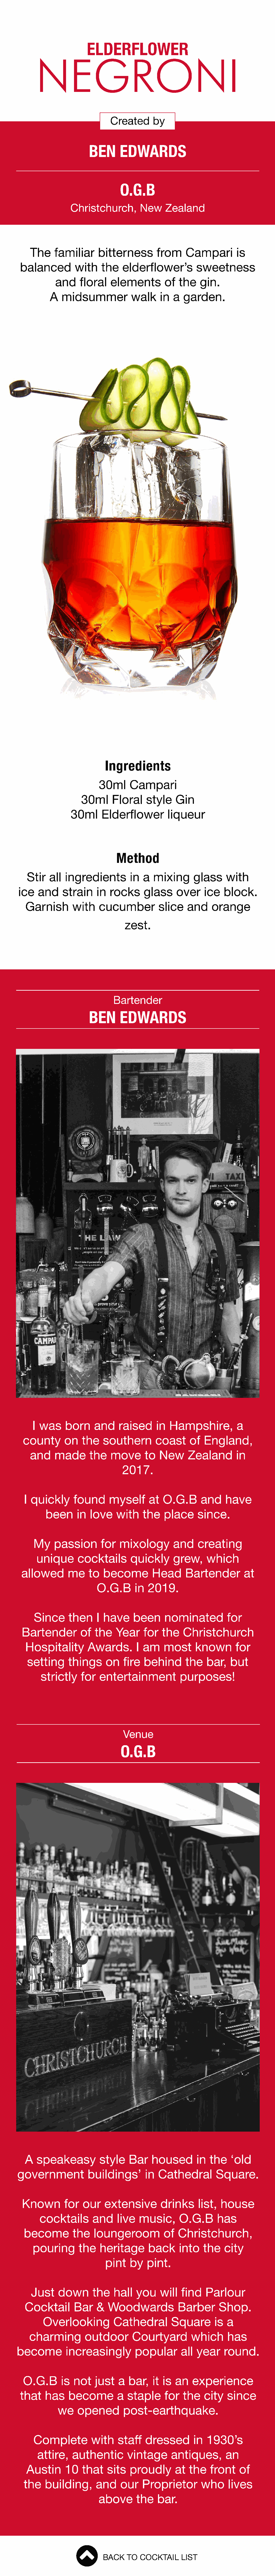
ELDERFLOWER
 NEGRONI
 Created      by
 BEN      EDWARDS
 O.G.B
 Christchurch,        New    Zealand
 The    familiar     bitterness        from    Campari         is
 balanced        with    the    elderflower’s         sweetness
 and     floral   elements        of  the    gin.
 A  midsummer            walk     in  a  garden.
 Ingredients
 30ml     Campari
 30ml     Floral     style   Gin
 30ml     Elderflower         liqueur
 Method
 Stir   all ingredients         in  a  mixing      glass    with
 ice   and     strain    in  rocks     glass     over    ice   block.
 Garnish       with    cucumber         slice    and    orange
 zest.
 Bartender
 BEN      EDWARDS
 I was    born     and    raised      in Hampshire,           a
 county      on   the    southern       coast      of  England,
 and    made       the   move      to   New     Zealand       in
 2017.
 I quickly      found      myself     at   O.G.B      and    have
 been     in  love    with    the   place     since.
 My    passion       for   mixology        and    creating
 unique      cocktails       quickly      grew,     which
 allowed       me    to   become        Head      Bartender         at
 O.G.B      in  2019.
 Since     then     I have     been     nominated          for
 Bartender         of  the    Year    for  the    Christchurch
 Hospitality       Awards.        I am    most     known       for
 setting     things      on   fire  behind      the    bar,   but
 strictly    for   entertainment           purposes!
 Venue
 O.G.B
 A   speakeasy          style   Bar    housed        in  the   ‘old
 government           buildings’       in  Cathedral        Square.
 Known       for   our   extensive        drinks     list,  house
 cocktails       and    live  music,      O.G.B       has
 become         the   loungeroom           of  Christchurch,
 pouring      the    heritage      back     into    the   city
 pint    by   pint.
 Just    down       the   hall   you    will  find   Parlour
 Cocktail       Bar    &  Woodwards            Barber      Shop.
 Overlooking          Cathedral        Square       is  a
 charming        outdoor       Courtyard         which      has
 become         increasingly        popular       all  year    round.
 O.G.B      is  not   just   a  bar,   it  is an   experience
 that   has    become         a  staple     for   the   city   since
 we    opened        post-earthquake.
 Complete         with    staff   dressed        in  1930’s
 attire,    authentic       vintage      antiques,       an
 Austin     10   that    sits   proudly      at  the    front   of
 the   building,       and    our   Proprietor        who     lives
 above       the   bar.
 BACK   TO  COCKTAIL    LIST